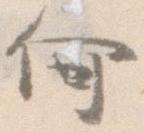
何